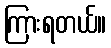
ကြားရတယ်။